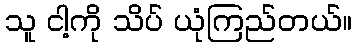
သူ ငါ့ကို သိပ် ယုံကြည်တယ်။